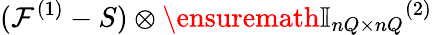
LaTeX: (\mathcal F^{(1)}-S)\otimes\ensuremath{\mathbb{I}_{nQ\times nQ}}^{(2)}